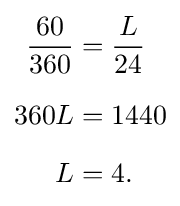
{\begin{aligned}{\frac {60}{360}}&={\frac {L}{24}}\\[6pt]360L&=1440\\[6pt]L&=4.\end{aligned}}